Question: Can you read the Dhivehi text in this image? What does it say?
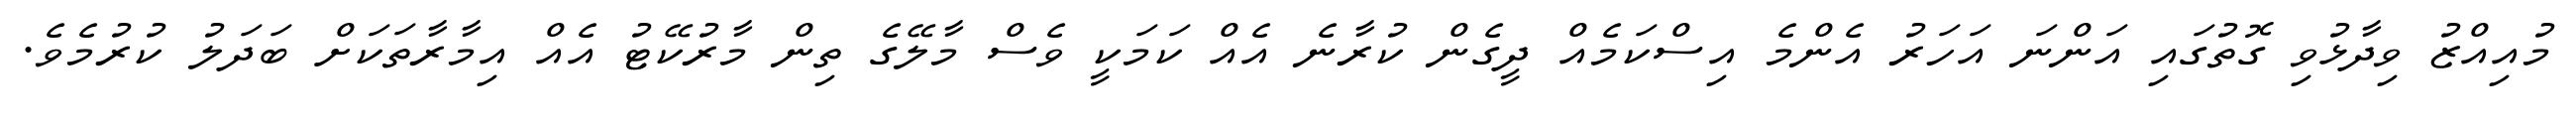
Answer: މުއިއްޒު ވިދާޅުވި ގޮތުގައި އަންނަ އަހަރު އެންމެ އިސްކަމެއް ދީގެން ކުރާނެ އެއް ކަމަކީ ވެސް މާލޭގެ ތިން މާރުކޭޓު އެއް އިމާރާތަކަށް ބަދަލު ކުރުމެވެ.